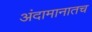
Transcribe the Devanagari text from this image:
अंदामानातच